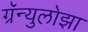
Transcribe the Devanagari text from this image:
ग्रॅन्युलोझा